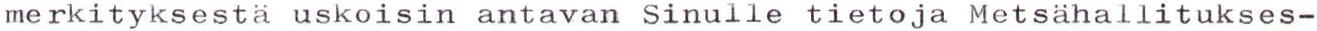
merkityksestä uskoisin antavan Sinulle tietoja Metsähallitukses-